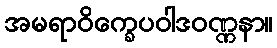
အမရာဝိက္ခေပဝါဒဝဏ္ဏနာ။